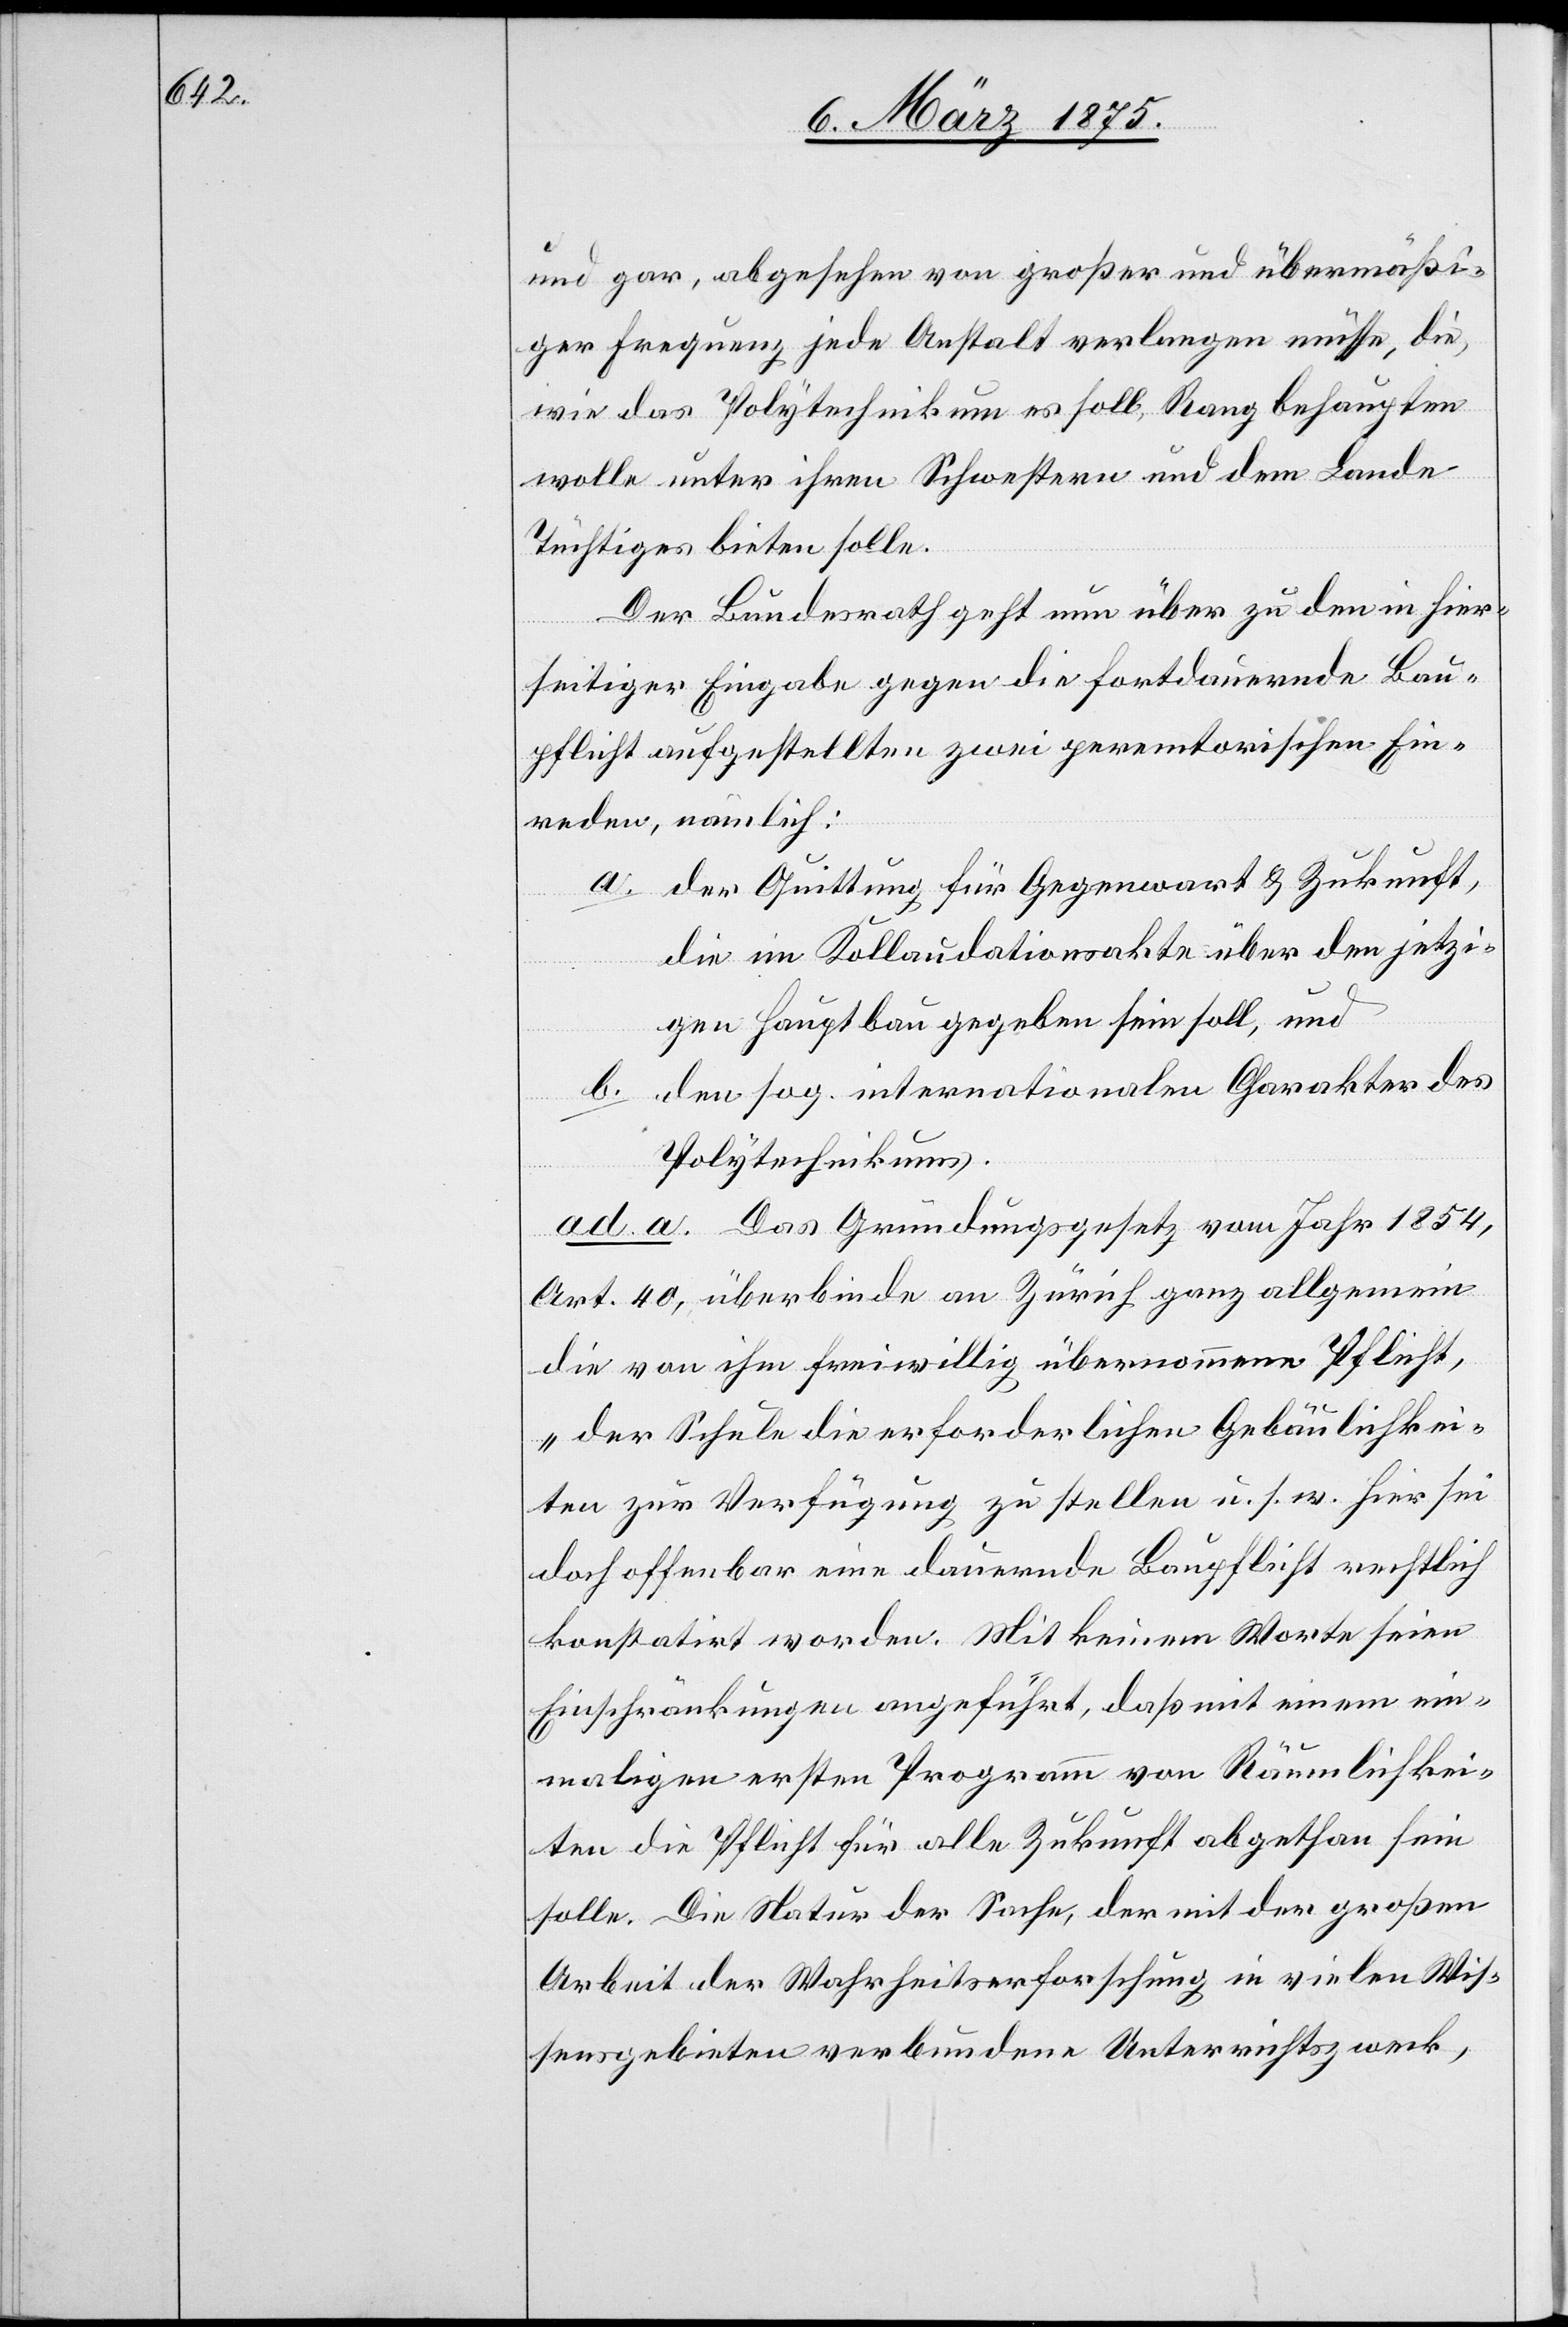
und gar, abgesehen von großer und übermäßi¬
ger Frequenz jede Anstalt verlangen müsse, die,
wie das Polytechnikum es soll, Rang behaupten
wolle unter ihren Schwestern und dem Lande
Tüchtiges bieten solle.
Der Bundesrath geht neu über zu den in hier¬
seitiger Eingabe gegen die fortdämmernde Bau¬
pflicht aufgestellten zwei perem[p]torischen Ein¬
reden, nämlich:
a. der Quittung für Gegenwart & Zukunft
die im Kollaudationsakte über den jetzi¬
gen Hauptbau gegeben sein soll, und
b. den sog. internationalen Charakter des
Polytechnikums.
ad. a. Das Gründungsgesetz vom Jahr 1854,
Art. 40, überbinde an Zürich ganz allgemein
die von ihm freiwillig übernommene Pflicht,
„der Schule die erforderlichen Gebäulichkei¬
ten zur Verfügung zu stellen u. s. w. hier sei
doch offenbar eine dauernde Baupflicht rechtlich
konstatirt worden. Mit keinem Worte seien
Einschränkungen angeführt, daß mit einem ein¬
maligen ersten Programm von Räumlichkei¬
ten die Pflicht für alle Zukunft abgethan sein
solle. Die Natur der Sache, der mit der großen
Arbeit der Wahrheitserforschung in vielen Wis¬
sensgebieten verbundene Unterrichtszweck,